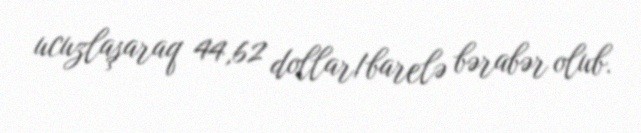
ucuzlaşaraq 44,62 dollar/barelə bərabər olub.